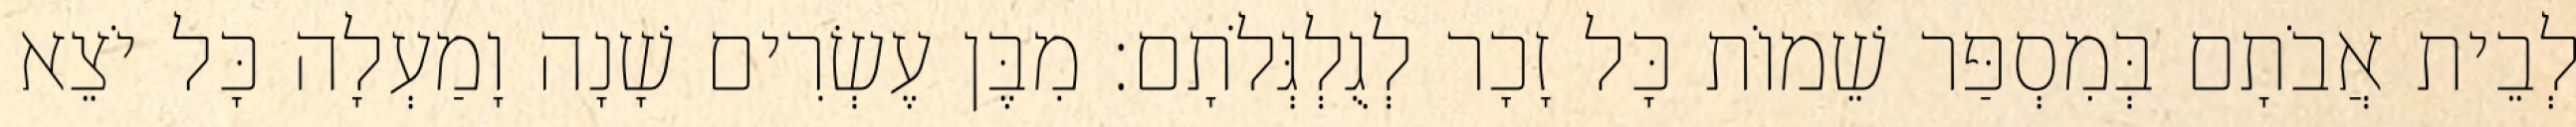
לְבֵית אֲבֹתָם בְּמִסְפַּר שֵׁמוֹת כָּל זָכָר לְגֻלְגְּלֹתָם׃ מִבֶּן עֶשְׂרִים שָׁנָה וָמַעְלָה כָּל יֹצֵא